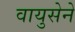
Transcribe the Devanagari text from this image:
वायुसेने